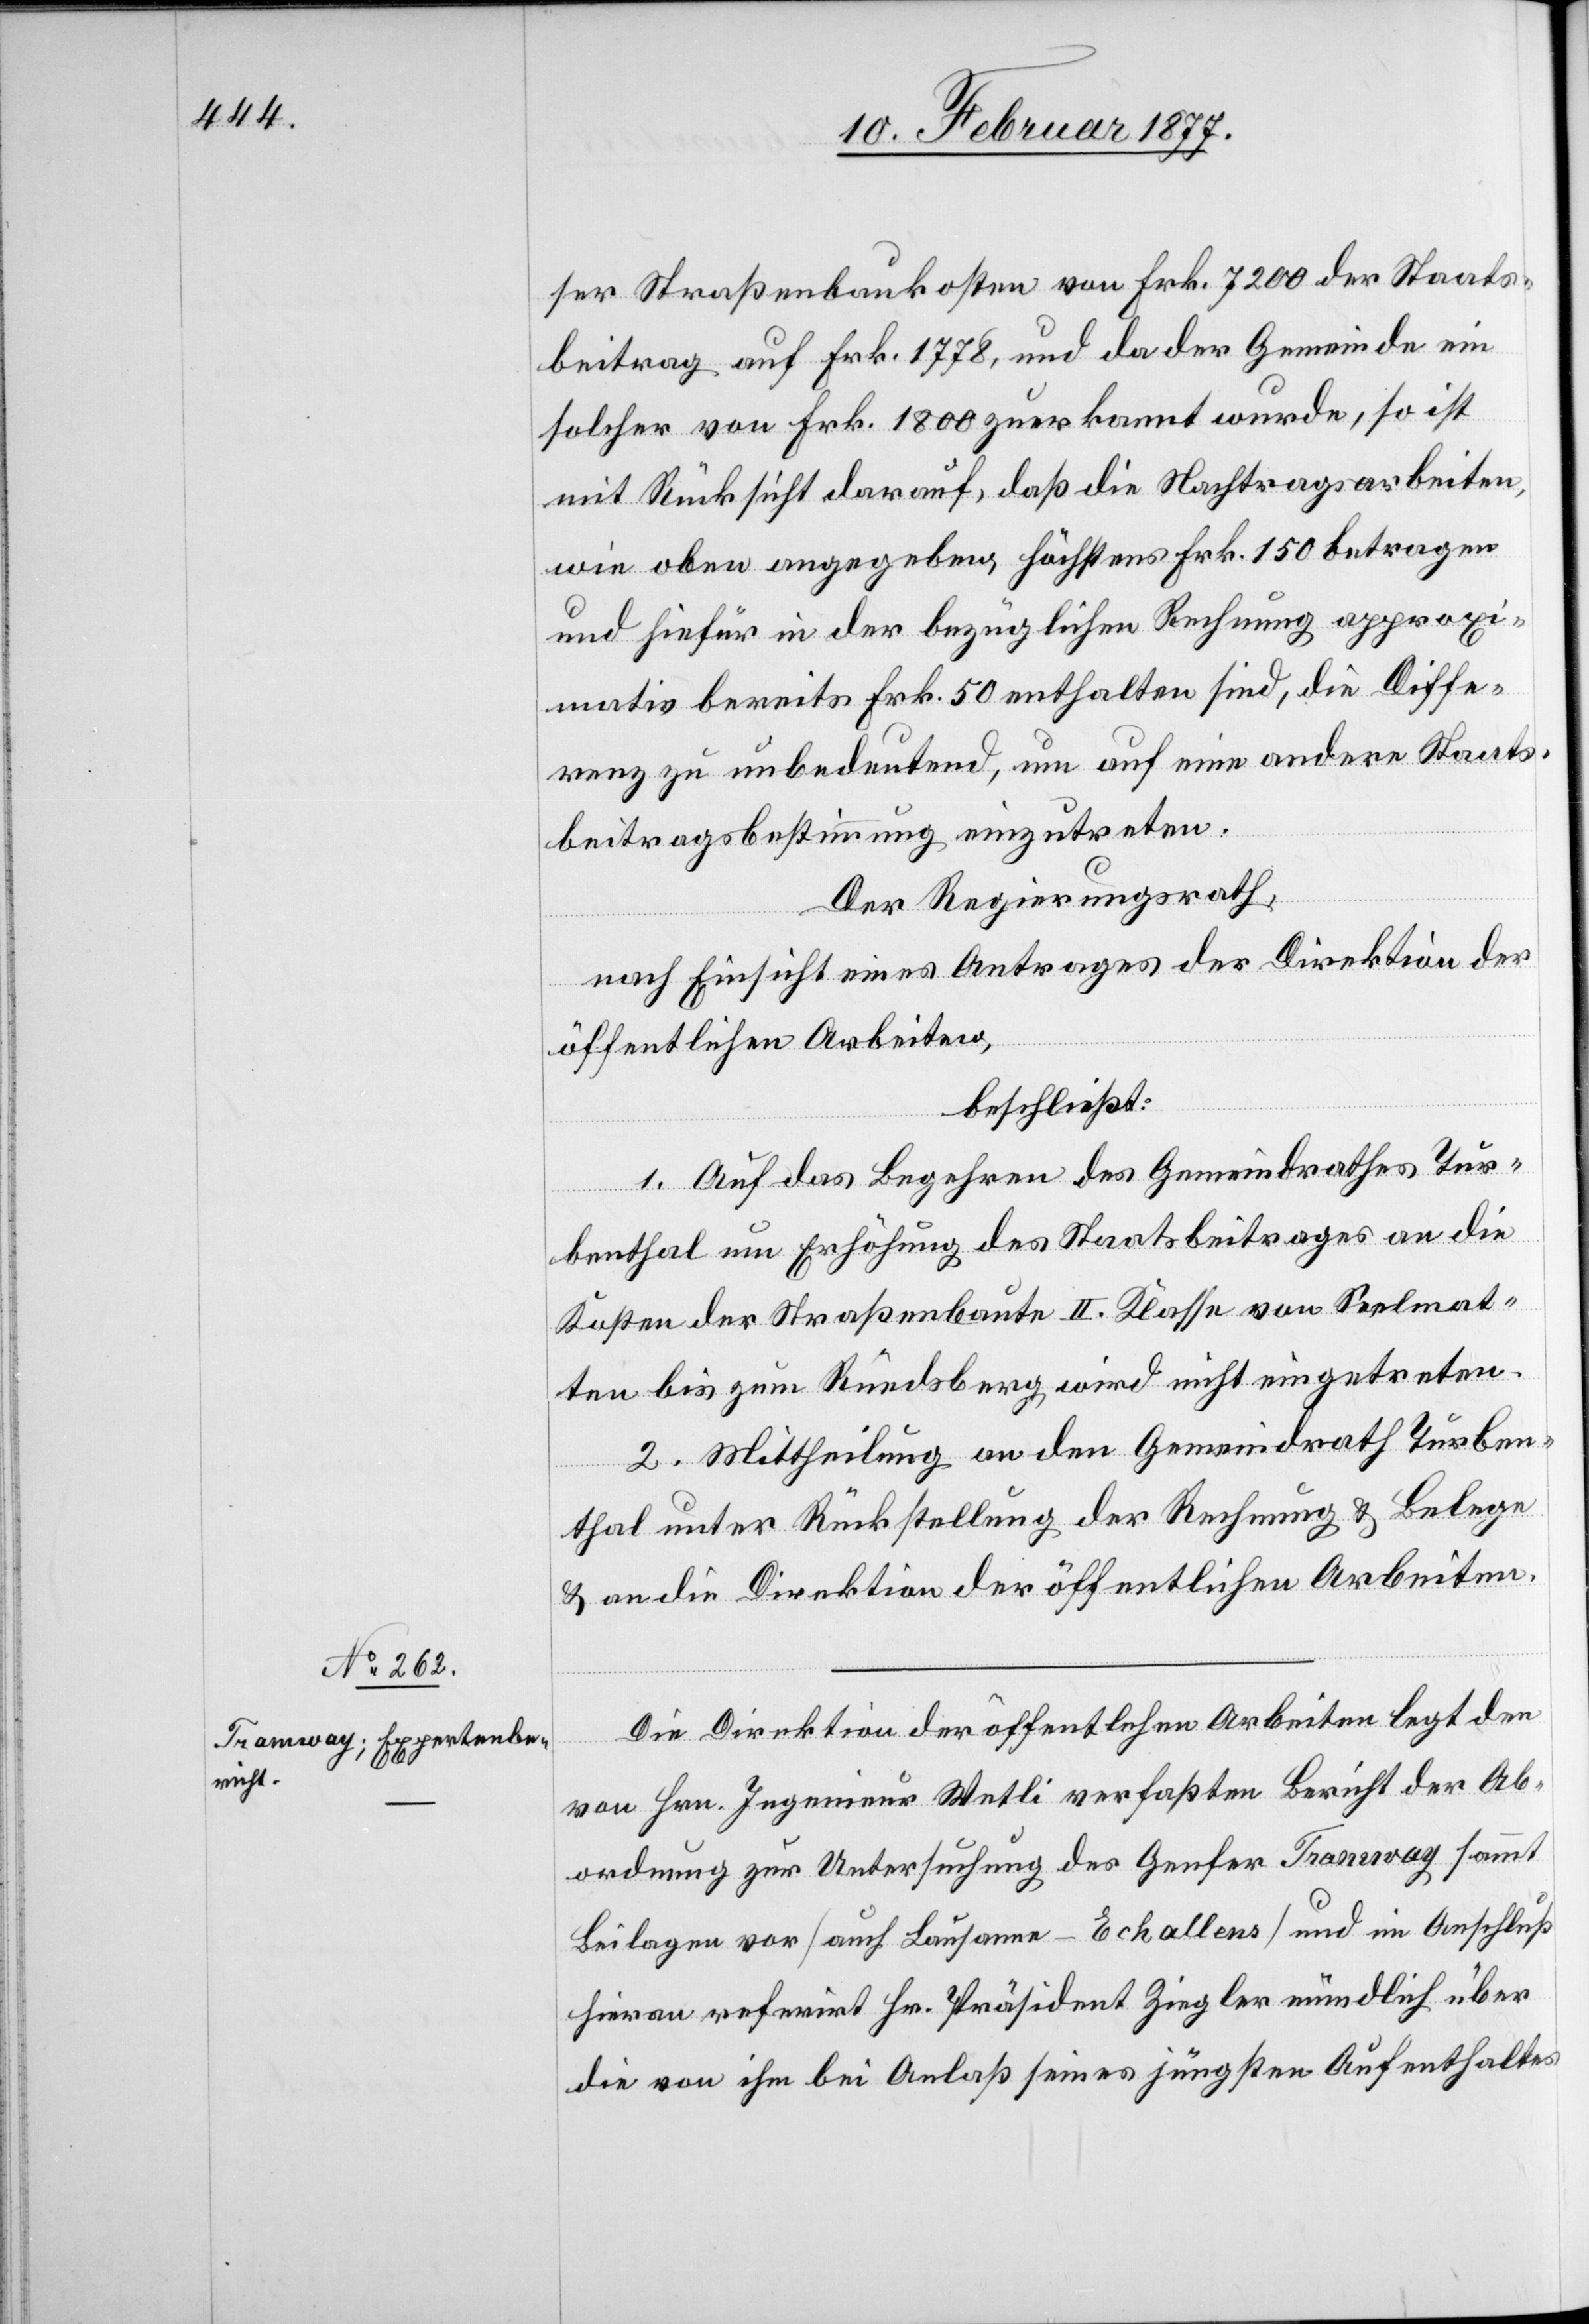
ser Straßenbaukosten von Frk. 7200 der Staats¬
beitrag auf Frk. 1778, und da der Gemeinde ein
solcher von Frk. 1800 zuerkannt wurde, so ist
mit Rücksicht darauf, daß die Nachtragsarbeiten,
wie oben angegeben, höchstens Frk. 150 betragen
und hiefür in der bezüglichen Rechnung approxi¬
mativ bereits Frk. 50 enthalten sind, die Diffe¬
renz zu unbedeutend, um auf eine andere Staats¬
beitragsbestimmung einzutreten.
Der Regierungsrath,
nach Einsicht eines Antrages der Direktion der
öffentlichen Arbeiten,
beschließt:
1. Auf das Begehren des Gemeindrathes Tur¬
benthal um Erhöhung des Staatsbeitrages an die
Kosten einer Straßenbaute II. Klasse von Seelmat¬
ten bis zum Rüedsberg wird nicht eingetreten.
2. Mittheilung an den Gemeindrath Turben¬
thal unter Rückstellung der Rechnung & Belege
& an die Direktion der öffentlichen Arbeiten.
Die Direktion der öffentlichen Arbeiten legt den
von Hrn. Ingenieur Welti verfaßten Bericht der Ab¬
ordnung zur Untersuchung des Genfer Tramway sammt
Beilagen vor [auch Lausanne–Echallens] und im Anschluß
hievon referirt Hr. Präsident Ziegler mündlich über
die von ihm bei Anlaß seines jüngsten Aufenthaltes